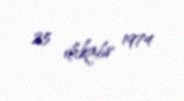
25 dekabr 1974